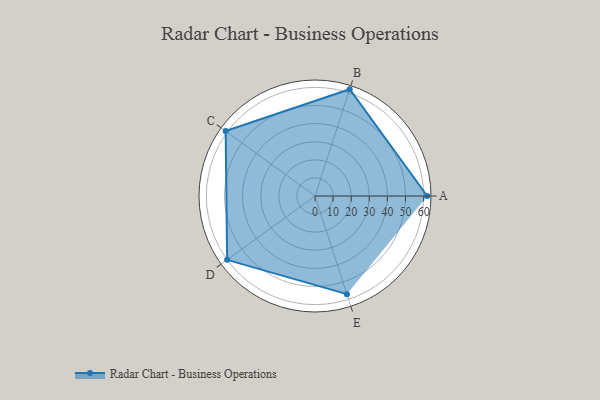
{"axis": {"x": "Skill", "y": "Score"}, "legend": ["Profile"], "data": [{"x": "A", "y": 62.0, "type": "Profile"}, {"x": "B", "y": 62.0, "type": "Profile"}, {"x": "C", "y": 61.0, "type": "Profile"}, {"x": "D", "y": 60.0, "type": "Profile"}, {"x": "E", "y": 57.0, "type": "Profile"}]}